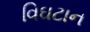
વિઘટાન